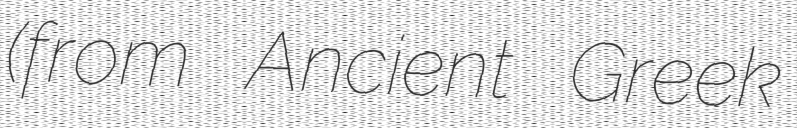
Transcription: (from Ancient Greek